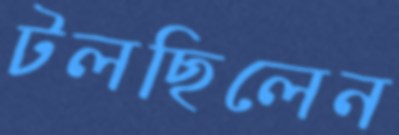
টলছিলেন